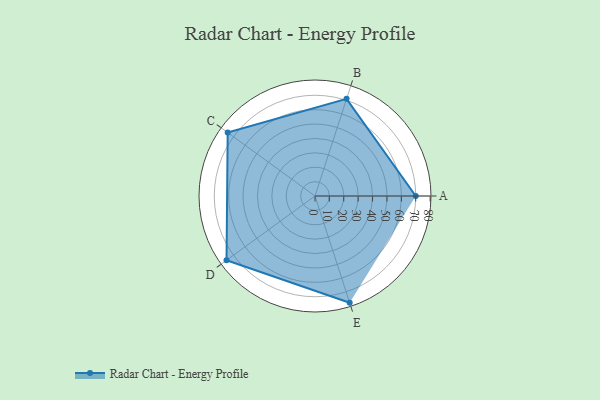
{"axis": {"x": "Skill", "y": "Score"}, "legend": ["Profile"], "data": [{"x": "A", "y": 70.0, "type": "Profile"}, {"x": "B", "y": 71.0, "type": "Profile"}, {"x": "C", "y": 75.0, "type": "Profile"}, {"x": "D", "y": 76.0, "type": "Profile"}, {"x": "E", "y": 78.0, "type": "Profile"}]}